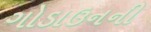
ગોડાઉનની